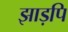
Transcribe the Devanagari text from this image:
झाड़पि